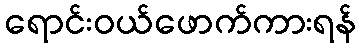
ရောင်းဝယ်ဖောက်ကားရန်